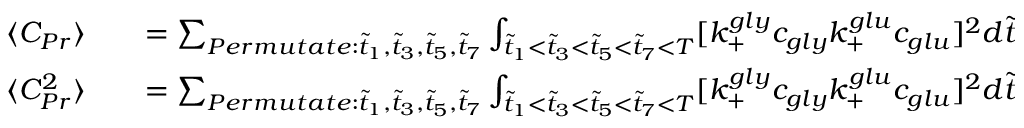
\begin{array} { r l r } { \langle C _ { P r } \rangle } & { { } } & { = \sum _ { P e r m u t a t e : \tilde { t } _ { 1 } , \tilde { t } _ { 3 } , \tilde { t } _ { 5 } , \tilde { t } _ { 7 } } \int _ { \tilde { t } _ { 1 } < \tilde { t } _ { 3 } < \tilde { t } _ { 5 } < \tilde { t } _ { 7 } < T } [ k _ { + } ^ { g l y } c _ { g l y } k _ { + } ^ { g l u } c _ { g l u } ] ^ { 2 } d \tilde { t } _ { 1 } d \tilde { t } _ { 3 } d \tilde { t } _ { 5 } d \tilde { t } _ { 7 } e ^ { - k _ { + } ^ { g l y } c _ { g l y } \tilde { t } _ { 1 } } e ^ { - k _ { + } ^ { g l y } c _ { g l y } \tilde { t } _ { 3 } } e ^ { - k _ { + } ^ { g l u } c _ { g l u } \tilde { t } _ { 5 } } e ^ { - k _ { + } ^ { g l u } c _ { g l u } \tilde { t } _ { 7 } } } \\ { \langle C _ { P r } ^ { 2 } \rangle } & { { } } & { = \sum _ { P e r m u t a t e : \tilde { t } _ { 1 } , \tilde { t } _ { 3 } , \tilde { t } _ { 5 } , \tilde { t } _ { 7 } } \int _ { \tilde { t } _ { 1 } < \tilde { t } _ { 3 } < \tilde { t } _ { 5 } < \tilde { t } _ { 7 } < T } [ k _ { + } ^ { g l y } c _ { g l y } k _ { + } ^ { g l u } c _ { g l u } ] ^ { 2 } d \tilde { t } _ { 1 } d \tilde { t } _ { 3 } d \tilde { t } _ { 5 } d \tilde { t } _ { 7 } e ^ { - k _ { + } ^ { g l y } c _ { g l y } \tilde { t } _ { 1 } } e ^ { - k _ { + } ^ { g l y } c _ { g l y } \tilde { t } _ { 3 } } e ^ { - k _ { + } ^ { g l u } c _ { g l u } \tilde { t } _ { 5 } } e ^ { - k _ { + } ^ { g l u } c _ { g l u } \tilde { t } _ { 7 } } } \end{array}